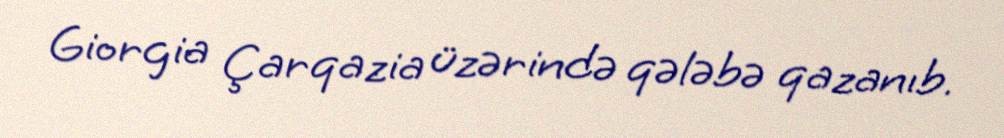
Giorgia Çarqazia üzərində qələbə qazanıb.